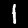
Label: 1